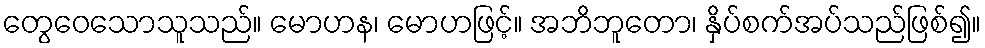
တွေဝေသောသူသည်။ မောဟန၊ မောဟဖြင့်။ အဘိဘူတော၊ နှိပ်စက်အပ်သည်ဖြစ်၍။